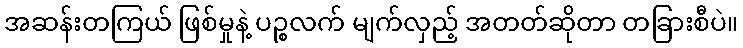
အဆန်းတကြယ် ဖြစ်မှုနဲ့ ပဉ္စလက် မျက်လှည့် အတတ်ဆိုတာ တခြားစီပဲ။